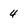
Character: 4